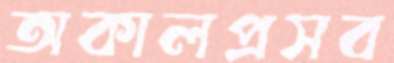
অকালপ্রসব